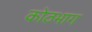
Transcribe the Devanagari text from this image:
कोठभाग